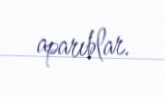
aparıblar.